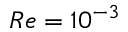
R e = 1 0 ^ { - 3 }